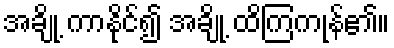
အချို့ ကာနိုင်၍ အချို့ ထိကြကုန်၏။